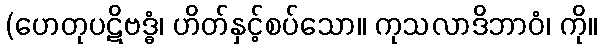
(ဟေတုပဋိဗဒ္ဓံ၊ ဟိတ်နှင့်စပ်သော။ ကုသလာဒိဘာဝံ၊ ကို။